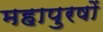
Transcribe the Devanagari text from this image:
महापुरषों